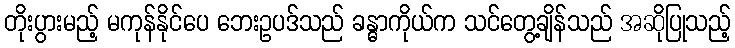
တိုးပွားမည့် မကုန်နိုင်ပေ ဘေးဥပဒ်သည် ခန္ဓာကိုယ်က သင်တွေ့ချိန်သည် အဆိုပြုသည့်